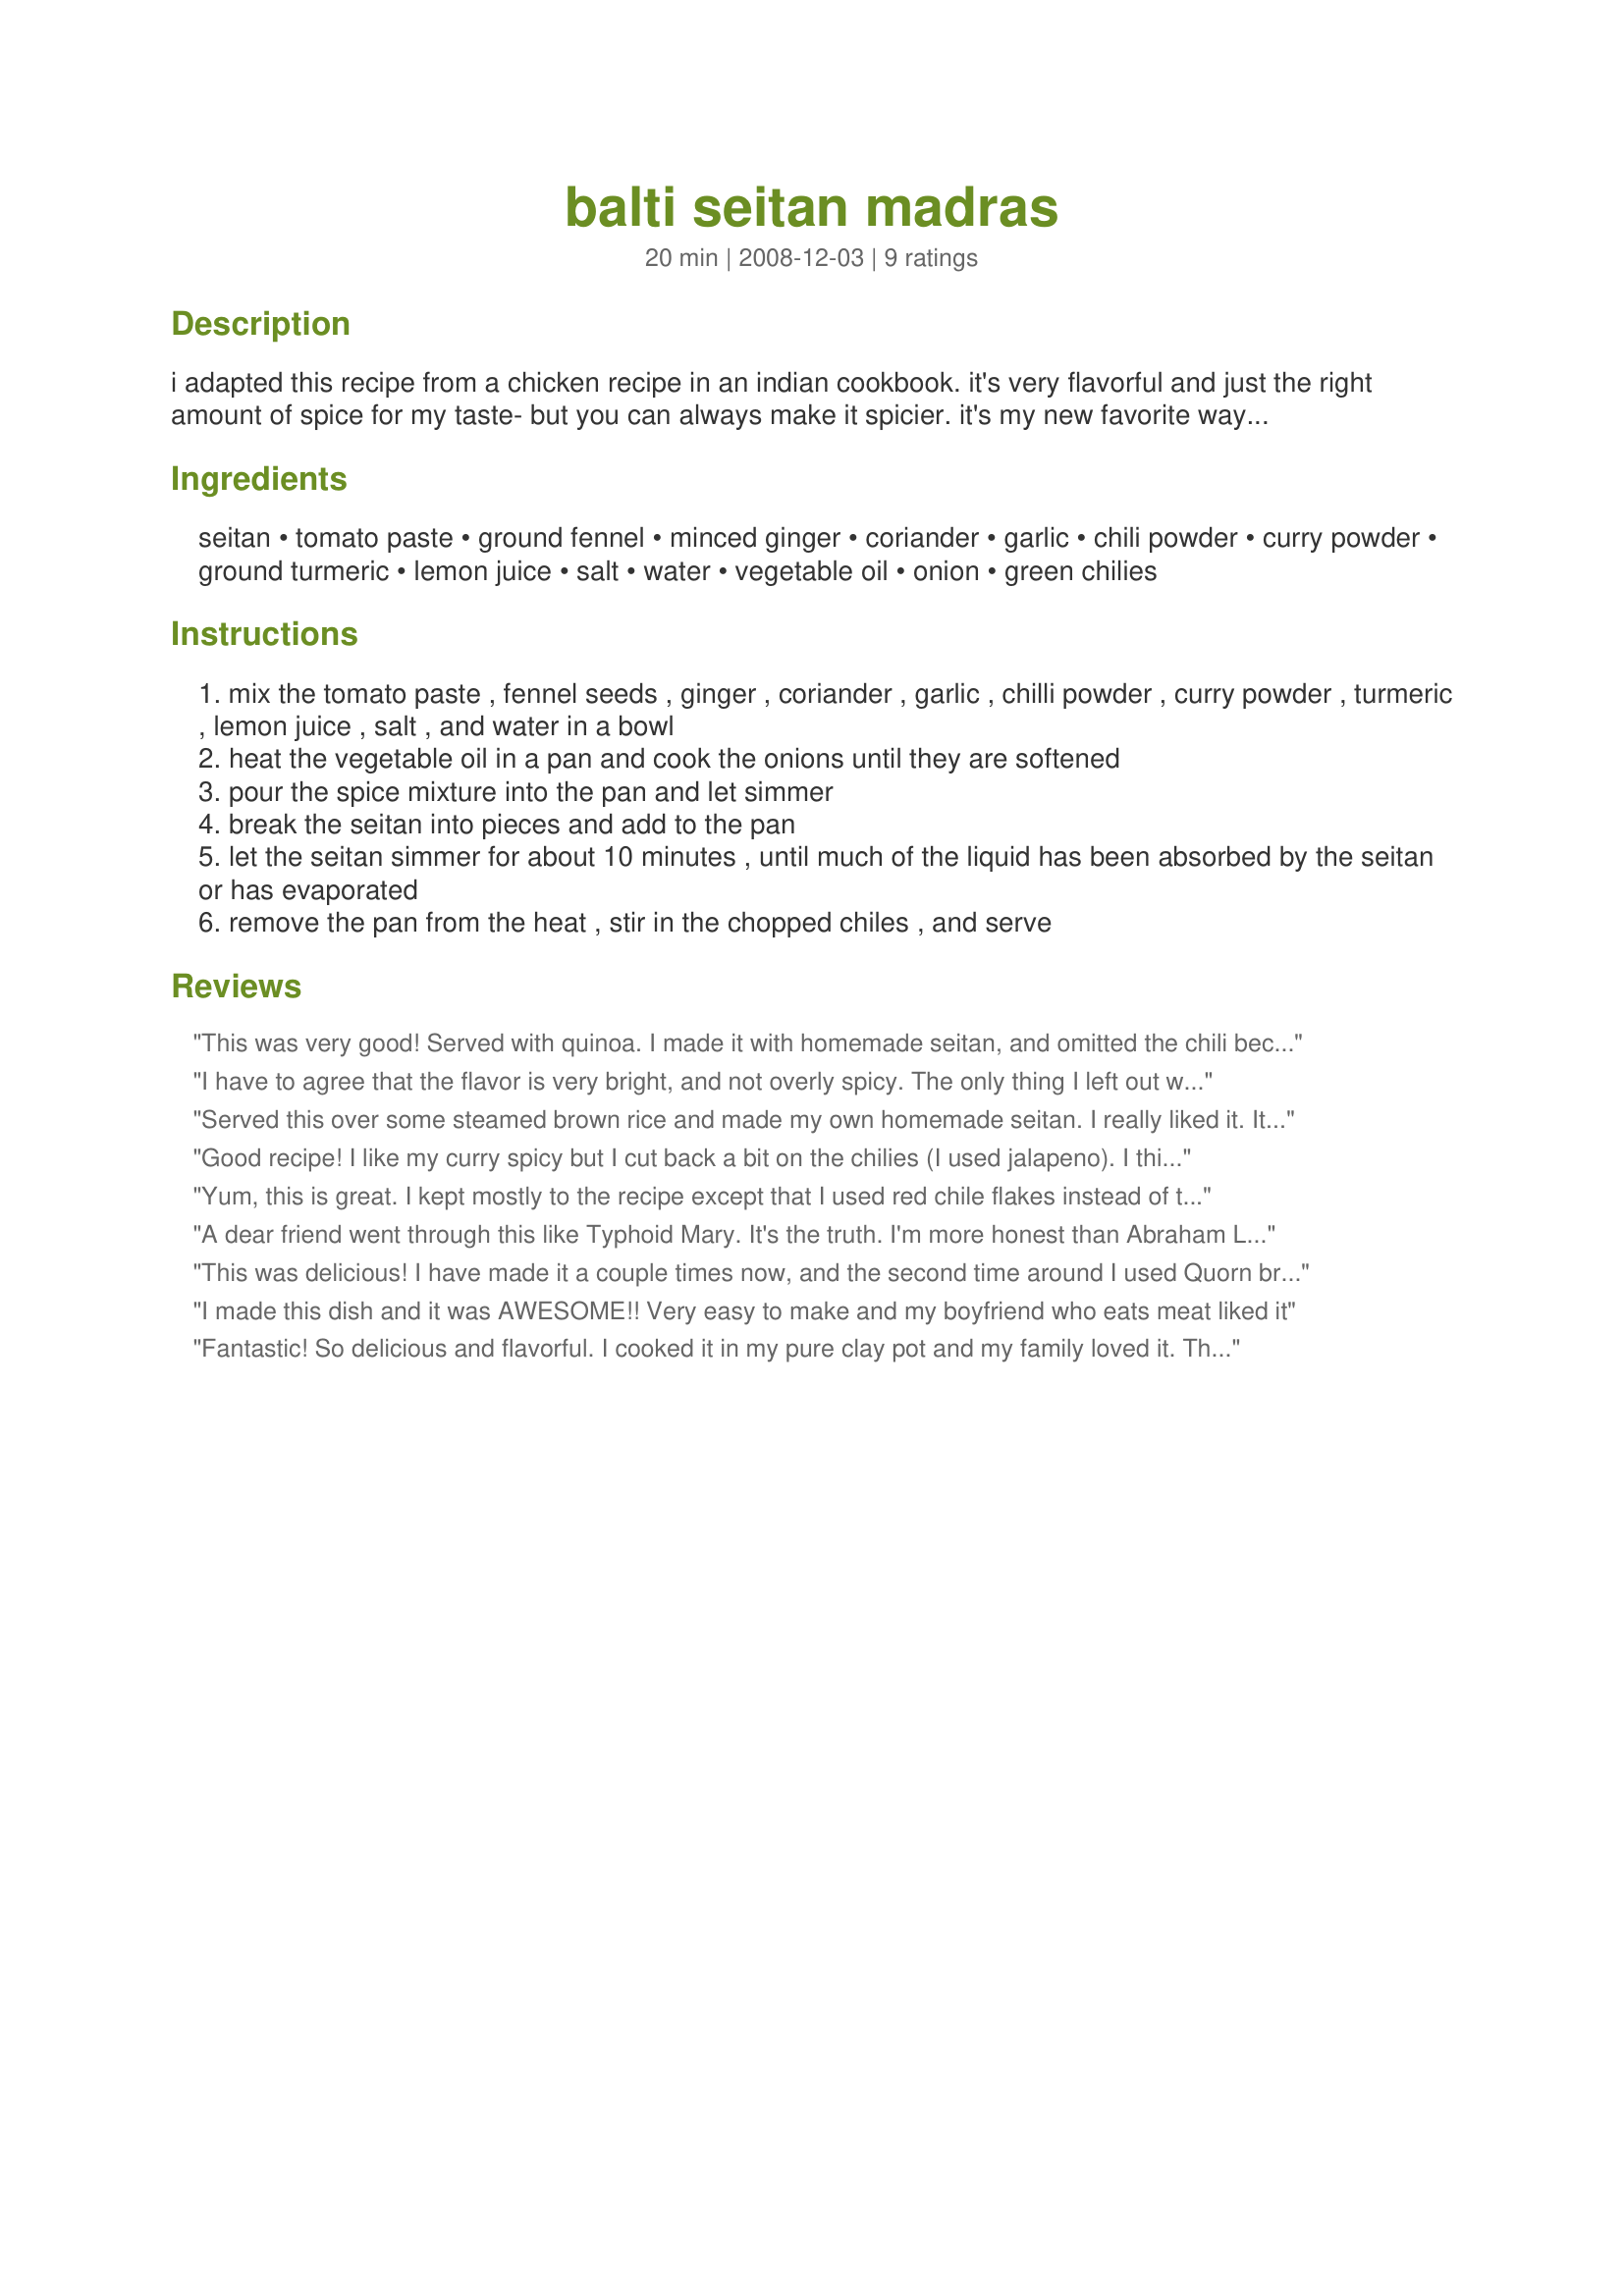
balti seitan madras
Preparation time: 20 minutes

i adapted this recipe from a chicken recipe in an indian cookbook. it's very flavorful and just the right amount of spice for my taste- but you can always make it spicier. it's my new favorite way to get protein!

Ingredients:
seitan, tomato paste, ground fennel, minced ginger, coriander, garlic, chili powder, curry powder, ground turmeric, lemon juice, salt, water, vegetable oil, onion, green chilies

Steps:
mix the tomato paste , fennel seeds , ginger , coriander , garlic , chilli powder , curry powder , turmeric , lemon juice , salt , and water in a bowl
heat the vegetable oil in a pan and cook the onions until they are softened
pour the spice mixture into the pan and let simmer
break the seitan into pieces and add to the pan
let the seitan simmer for about 10 minutes , until much of the liquid has been absorbed by the seitan or has evaporated
remove the pan from the heat , stir in the chopped chiles , and serve

Reviews:
This was very good! Served with quinoa. I made it with homemade seitan, and omitted the chili because of the kids. The flavor was very bright, all our tongues were numb after eating it... weird. But we all enjoyed it. Next time I will cut back on the ginger and the lemon juice. Thanks for sharing!
I have to agree that the flavor is very bright, and not overly spicy. The only thing I left out were the fennel seeds because I didn't have any and used some jalapenos in a jar. I also served it with quinoa. I'd make this again. Maybe I'd cut back a bit on the cooking time because there wasn't enough sauce left for the next day.
Served this over some steamed brown rice and made my own homemade seitan. I really liked it. It was easy and quick. Strongly flavored but not spicy. Not my husbands favorite, but he liked it. My 5 year old loved it and asked for seconds.
EDIT - made this last night and did some things differently. First, I made two separate batches. For the first batch (for my daughter and I) I used two serrano peppers and cooked them with the onions to take out some of the spice. For the second batch (for my husband, who likes things really spicy) I used two habanero peppers, one I cooked with the onions, the other I added in at the end. Five stars from all of us this time around.
Good recipe! I like my curry spicy but I cut back a bit on the chilies (I used jalapeno). I think if I make it again I will also toss in a handful of chipped cilantro. I put this one in my cookbook and It'll definitely be hitting the table again in the near future.
Yum, this is great. I kept mostly to the recipe except that I used red chile flakes instead of the green chiles. Loved the spice mixture and how quicjk and easy it was to make. Thanks for posting!
A dear friend went through this like Typhoid Mary. It's the truth. I'm more honest than Abraham Lincoln. (The last line...that's from my Paul Harvey &quot;the rest of the story book&quot; :-)
This was delicious! I have made it a couple times now, and the second time around I used Quorn brand fake chicken instead, because I don't like the taste of seitan. It turned out great! I also added some fresh cilantro, and squeezed a little lime over the top when served. Yum!
I made this dish and it was AWESOME!! Very easy to make and my boyfriend who eats meat liked it
Fantastic! So delicious and flavorful. I cooked it in my pure clay pot and my family loved it. This one is going on my recipe book. The food cooked in pure clay cookware tastes the best and is healthier too. The special steam locker lid seal all the nutrients in and give a healthier food. I got mine from mecware.US (online)
